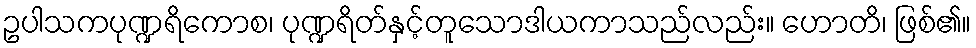
ဥပါသကပုဏ္ဍရိကောစ၊ ပုဏ္ဍရိတ်နှင့်တူသောဒါယကာသည်လည်း။ ဟောတိ၊ ဖြစ်၏။